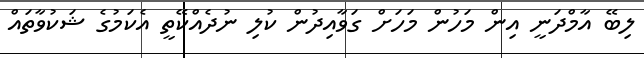
ލިބޭ އާމްދަނީ އިން މަހުން މަހަށް ގަވާއިދުން ކުލި ނުދެއްކޭތީ އެކަމުގެ ޝަކުވާތައް